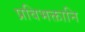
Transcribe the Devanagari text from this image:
प्रविभक्तानि